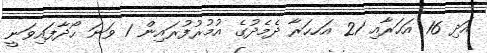
އަދި 16 އަހަރާއި 21 އަހހަރާ ދެމެދުގެ އުމުރުފުރައިން 1 ވަނަ ހޯދާފައިވަނީ